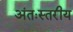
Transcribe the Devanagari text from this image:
अंतःस्तरीय